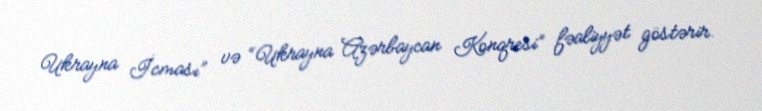
Ukrayna İcması” və “Ukrayna Azərbaycan Konqresi” fəaliyyət göstərir.